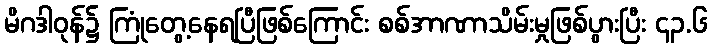
မိဂဒါဝုန်၌ ကြုံတွေ့နေရပြီဖြစ်ကြောင်း စစ်အာဏာသိမ်းမှုဖြစ်ပွားပြီး ၄၃.၆